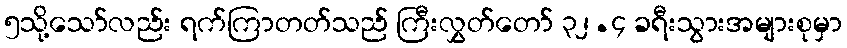
၅သို့သော်လည်း ရက်ကြာတတ်သည် ကြီးလွှတ်တော် ၃၂.၄ ခရီးသွားအများစုမှာ